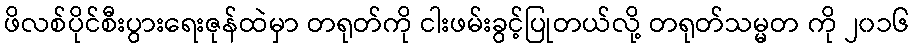
ဖိလစ်ပိုင်စီးပွားရေးဇုန်ထဲမှာ တရုတ်ကို ငါးဖမ်းခွင့်ပြုတယ်လို့ တရုတ်သမ္မတ ကို ၂၀၁၆